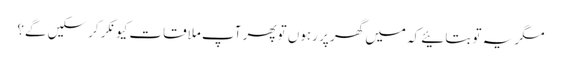
مگر یہ تو بتائیے کہ میں گھر پر رہوں تو پھر آپ ملاقات کیونکر کرسکیں گے؟